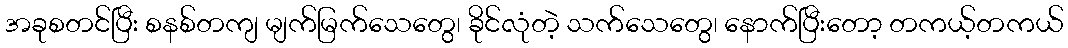
အခုစတင်ပြီး စနစ်တကျ မျက်မြက်သေတွေ၊ ခိုင်လုံတဲ့ သက်သေတွေ၊ နောက်ပြီးတော့ တကယ့်တကယ်